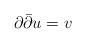
LaTeX: \begin{align*}\partial\bar\partial u=v\end{align*}